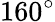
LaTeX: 160^{\circ}